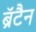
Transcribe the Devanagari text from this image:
ब्रॅटैन